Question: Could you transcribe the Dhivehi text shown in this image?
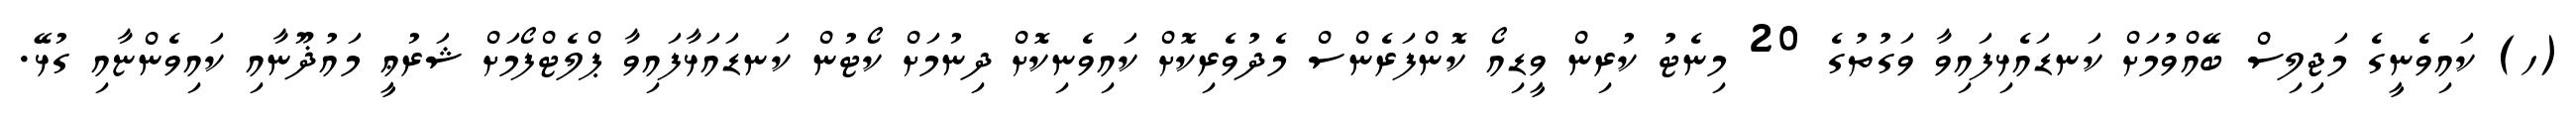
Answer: (ހ) ކައިވެނީގެ މަޖިލިސް ބޭއްވުމަށް ކަނޑައެޅިފައިވާ ވަގުތުގެ 20 މިނެޓު ކުރިން ވީޑިއޯ ކޮންފަރެންސް މެދުވެރިކޮށް ކައިވެނިކޮށް ދިނުމަށް ކޯޓުން ކަނޑައަޅާފައިވާ ޕްލެޓްފޯމަށް ޝަރުޢީ މައުޛޫނާއި ކައިވެންޏާއި ގުޅޭ.